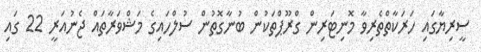
ސީރިޔާގައި ހަރަކާތްތެރިވާ މޮނިޓަރިން ގްރޫޕްތަކުން ބުނާގޮތުން ސުލްހައިގެ މަޝްވަރާތައް ޖެނުއަރީ 22 ގައި